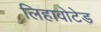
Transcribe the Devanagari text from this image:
लिहावोटेड